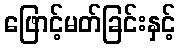
ဖြောင့်မတ်ခြင်းနှင့်